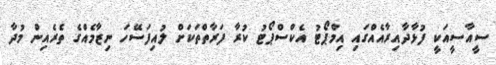
ސީއާސީއަކީ ފުޅާދާއިރާއެއްގައި އިމްޕޯޓު އެކްސްޕޯޓު ކުރާ ފަރާތްތަކަށް ލުއިފަސޭހަ ނިޒާމެއްގެ ތެރެއިން މުދާ